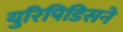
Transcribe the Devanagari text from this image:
युरिपिडिसने